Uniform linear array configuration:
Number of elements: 8
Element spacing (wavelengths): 0.25
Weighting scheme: hamming
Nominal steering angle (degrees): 60
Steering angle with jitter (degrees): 60.53
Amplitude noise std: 0.05
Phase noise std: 0.05

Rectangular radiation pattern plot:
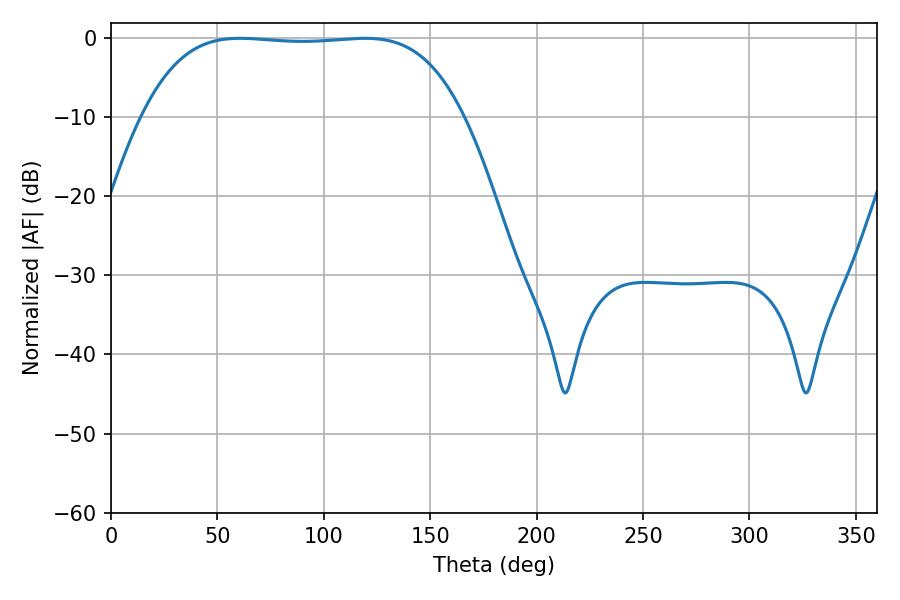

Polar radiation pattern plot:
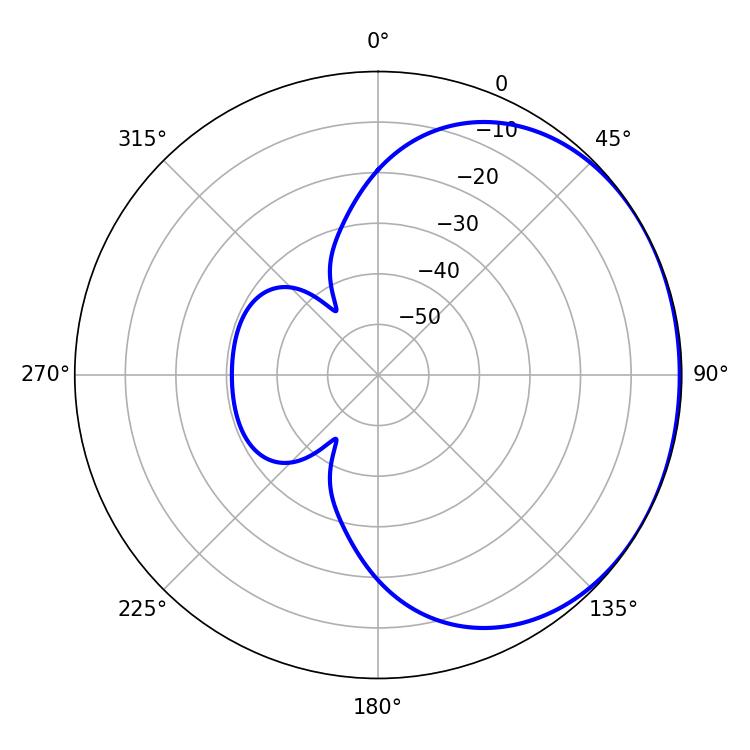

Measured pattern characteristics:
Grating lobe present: FALSE
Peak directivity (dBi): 0.8901
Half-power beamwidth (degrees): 117.36
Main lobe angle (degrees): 60.66